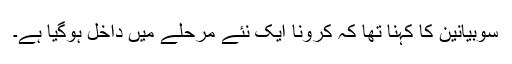
سوبیانین کا کہنا تھا کہ کرونا ایک نئے مرحلے میں داخل ہوگیا ہے۔